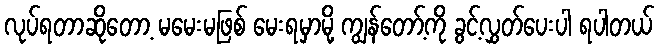
လုပ်ရတာဆိုတော့ မမေးမဖြစ် မေးရမှာမို့ ကျွန်တော့်ကို ခွင့်လွှတ်ပေးပါ ရပါတယ်